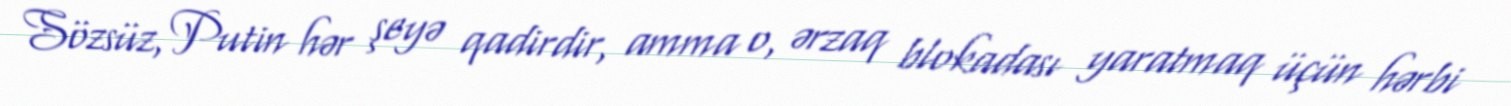
Sözsüz, Putin hər şeyə qadirdir, amma o, ərzaq blokadası yaratmaq üçün hərbi